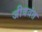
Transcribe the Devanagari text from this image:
जीववंत